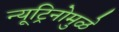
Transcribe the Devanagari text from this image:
न्यूट्रिनोमुळे